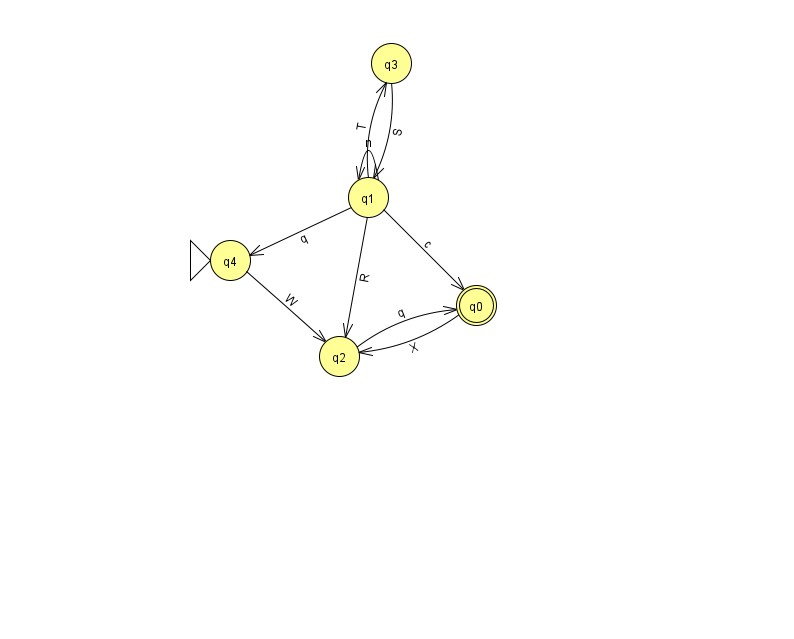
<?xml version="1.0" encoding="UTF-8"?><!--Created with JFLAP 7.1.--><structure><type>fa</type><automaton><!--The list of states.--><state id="0" name="q0"><x>476.0</x><y>292.0</y><final/></state><state id="1" name="q1"><x>368.0</x><y>184.0</y></state><state id="2" name="q2"><x>339.0</x><y>343.0</y></state><state id="3" name="q3"><x>391.0</x><y>50.0</y></state><state id="4" name="q4"><x>230.0</x><y>247.0</y><initial/></state><!--The list of transitions.--><transition><from>1</from><to>3</to><read>T</read></transition><transition><from>2</from><to>0</to><read>q</read></transition><transition><from>1</from><to>2</to><read>R</read></transition><transition><from>1</from><to>4</to><read>q</read></transition><transition><from>4</from><to>2</to><read>W</read></transition><transition><from>1</from><to>0</to><read>c</read></transition><transition><from>3</from><to>1</to><read>S</read></transition><transition><from>0</from><to>2</to><read>X</read></transition><transition><from>1</from><to>1</to><read>n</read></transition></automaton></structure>